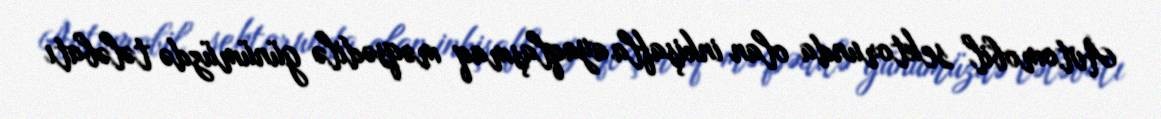
Avtomobil sektorunda olan inkişafla ayaqlaşmaq məqsədilə günümüzdə tələbatı